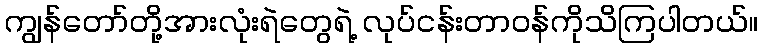
ကျွန်တော်တို့အားလုံးရဲတွေရဲ့ လုပ်ငန်းတာဝန်ကိုသိကြပါတယ်။